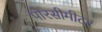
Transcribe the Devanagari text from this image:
पोरसीमीटर